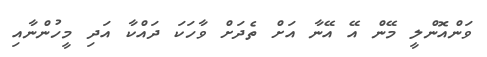
ވަންއޮންލީ މޭން އޭ އޭނާ އަށް ތެދަށް ވާހަކަ ދައްކާ އަދި މީހުންނާއި